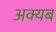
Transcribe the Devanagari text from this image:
अक्यब